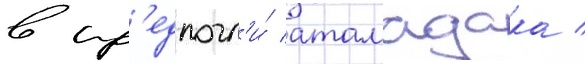
в пр'едпочл'и́ атамадака /